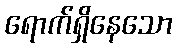
ရောက်ရှိနေသော